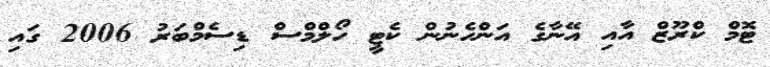
ޓޮމް ކްރޫޒް އާއި އޭނާގެ އަންހެނުން ކެޓީ ހޯލްމްސް ޑިސެމްބަރު 2006 ގައި